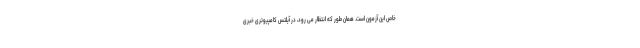
خاص این آزمون است. همان طور که انتظار می رود، در آیلتس کامپیوتری خبری